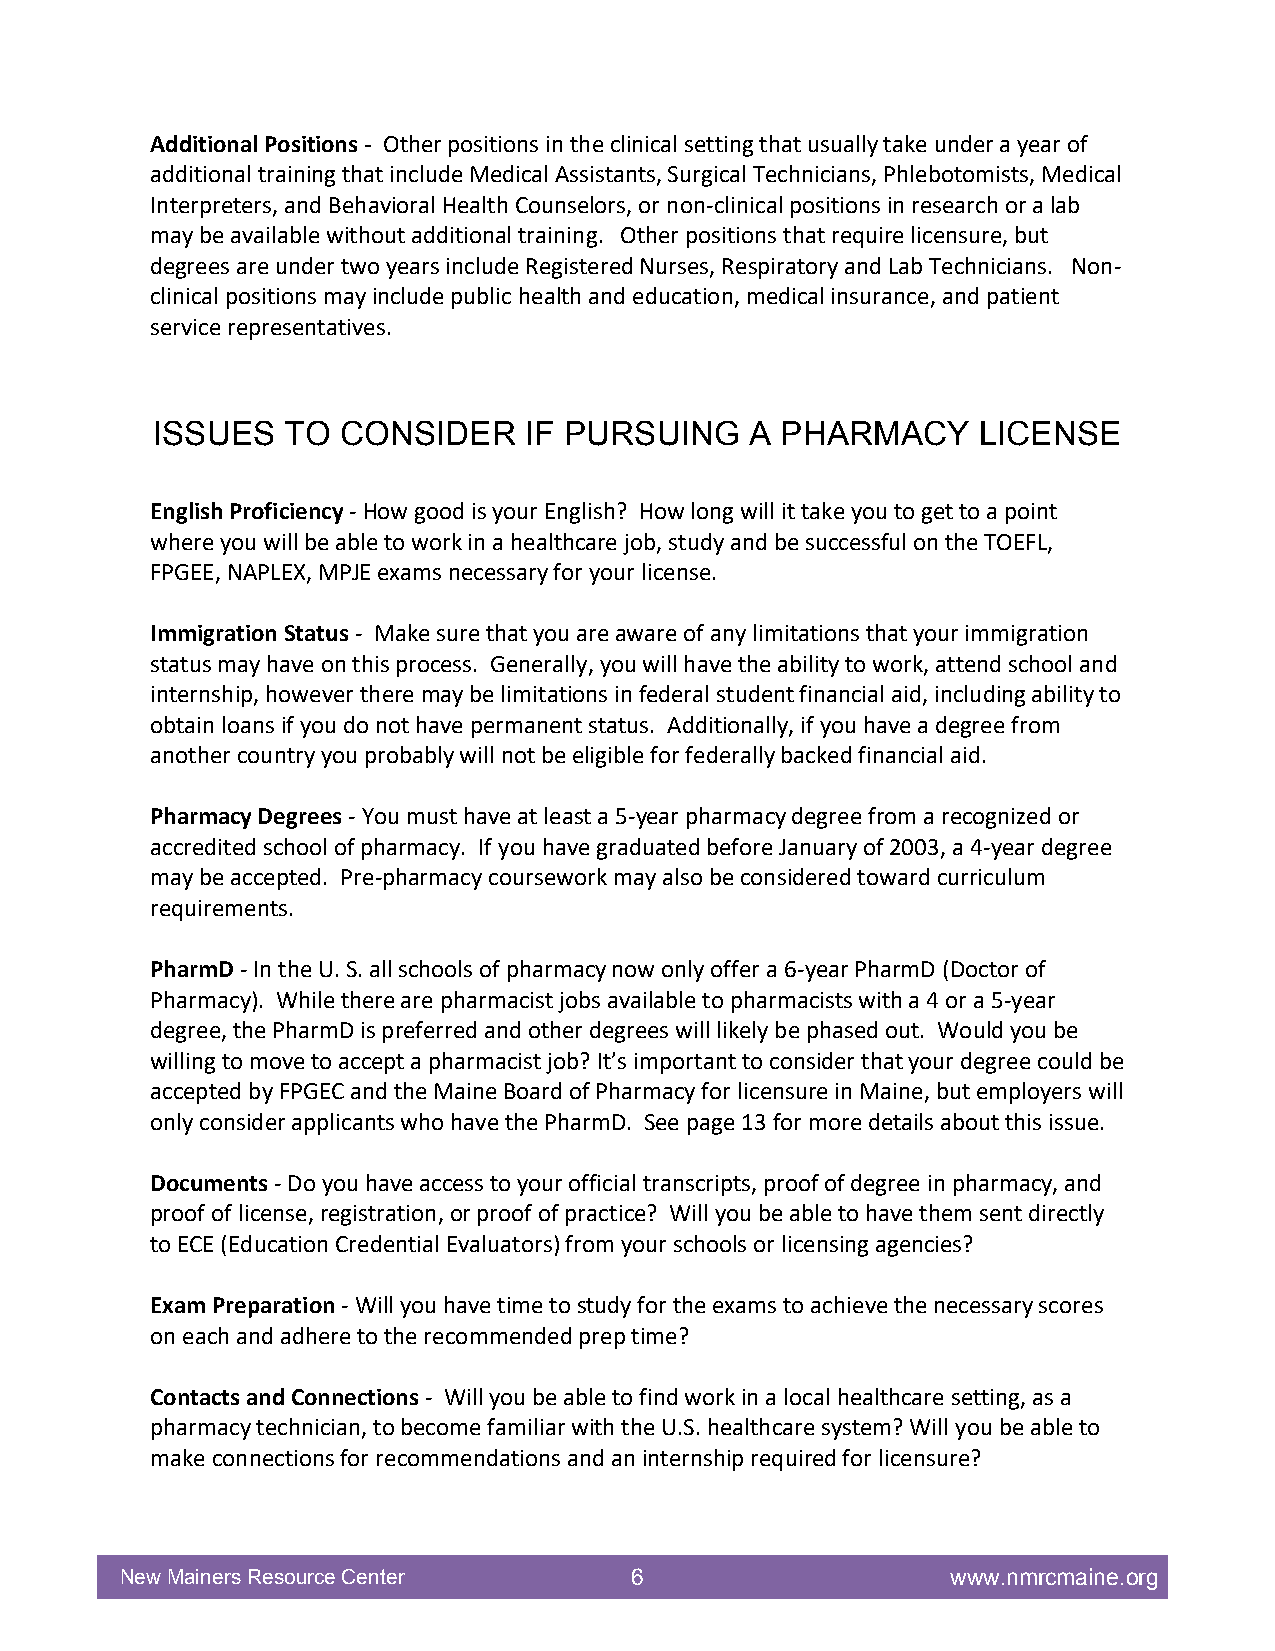
Additional Positions - Other positions in the clinical setting that usually take under a year of
 additional training that include Medical Assistants, Surgical Technicians, Phlebotomists, Medical
 Interpreters, and Behavioral Health Counselors, or non-clinical positions in research or a lab
 may be available without additional training. Other positions that require licensure, but
 degrees are under two years include Registered Nurses, Respiratory and Lab Technicians. Non-
 clinical positions may include public health and education, medical insurance, and patient
 service representatives.
 ISSUES   TO  CONSIDER    IF PURSUING    A PHARMACY     LICENSE
 English Proficiency - How good is your English? How long will it take you to get to a point
 where you will be able to work in a healthcare job, study and be successful on the TOEFL,
 FPGEE, NAPLEX, MPJE exams necessary for your license.
 Immigration Status - Make sure that you are aware of any limitations that your immigration
 status may have on this process. Generally, you will have the ability to work, attend school and
 internship, however there may be limitations in federal student financial aid, including ability to
 obtain loans if you do not have permanent status. Additionally, if you have a degree from
 another country you probably will not be eligible for federally backed financial aid.
 Pharmacy Degrees - You must have at least a 5-year pharmacy degree from a recognized or
 accredited school of pharmacy. If you have graduated before January of 2003, a 4-year degree
 may be accepted. Pre-pharmacy coursework may also be considered toward curriculum
 requirements.
 PharmD - In the U. S. all schools of pharmacy now only offer a 6-year PharmD (Doctor of
 Pharmacy). While there are pharmacist jobs available to pharmacists with a 4 or a 5-year
 degree, the PharmD is preferred and other degrees will likely be phased out. Would you be
 willing to move to accept a pharmacist job? It’s important to consider that your degree could be
 accepted by FPGEC and the Maine Board of Pharmacy for licensure in Maine, but employers will
 only consider applicants who have the PharmD. See page 13 for more details about this issue.
 Documents - Do you have access to your official transcripts, proof of degree in pharmacy, and
 proof of license, registration, or proof of practice? Will you be able to have them sent directly
 to ECE (Education Credential Evaluators) from your schools or licensing agencies?
 Exam Preparation - Will you have time to study for the exams to achieve the necessary scores
 on each and adhere to the recommended prep time?
 Contacts and Connections - Will you be able to find work in a local healthcare setting, as a
 pharmacy technician, to become familiar with the U.S. healthcare system? Will you be able to
 make connections for recommendations and an internship required for licensure?
 New Mainers Resource Center       6                    www.nmrcmaine.org